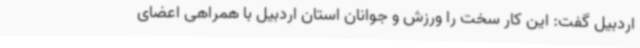
اردبیل گفت: این کار سخت را ورزش و جوانان استان اردبیل با همراهی اعضای